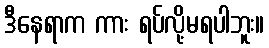
ဒီနေရာက ကား ရပ်လို့မရပါဘူး။